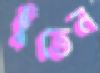
ছুঁতেন